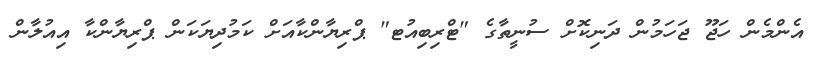
އެންމެން ހަޖޫ ޖަހަމުން ދަނިކޮށް ސުނީތާގެ "ޓްރިބިއުޓ" ޕްރިޔާންކާއަށް ކަމުދިޔަކަން ޕްރިޔާންކާ އިއުލާން